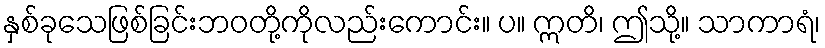
နှစ်ခုသေဖြစ်ခြင်းဘဝတို့ကိုလည်းကောင်း။ ပ။ ဣတိ၊ ဤသို့။ သာကာရံ၊